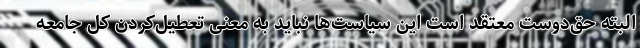
البته حق‌دوست معتقد است این سیاست‌ها نباید به معنی تعطیل‌کردن کل جامعه